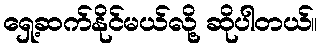
ရှေ့ဆက်နိုင်မယ်လို့ ဆိုပါတယ်။